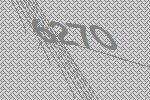
6270